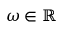
\omega \in \mathbb R